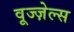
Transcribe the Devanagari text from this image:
वूज्ज़ेल्स